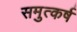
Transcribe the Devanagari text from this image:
समुत्कर्ष